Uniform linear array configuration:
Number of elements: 32
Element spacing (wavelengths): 0.25
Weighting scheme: blackman
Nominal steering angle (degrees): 30
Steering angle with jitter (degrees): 31.228
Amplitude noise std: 0.05
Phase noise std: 0.05

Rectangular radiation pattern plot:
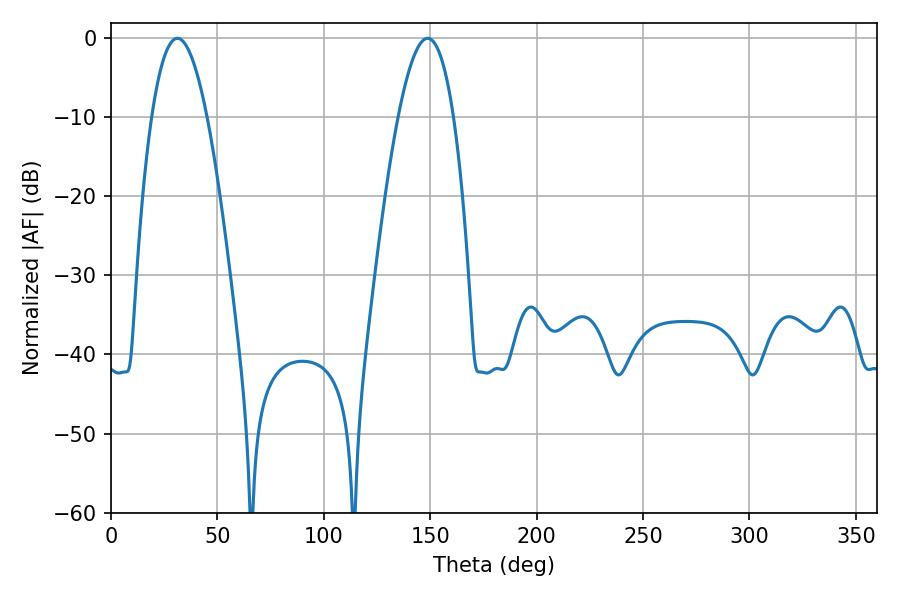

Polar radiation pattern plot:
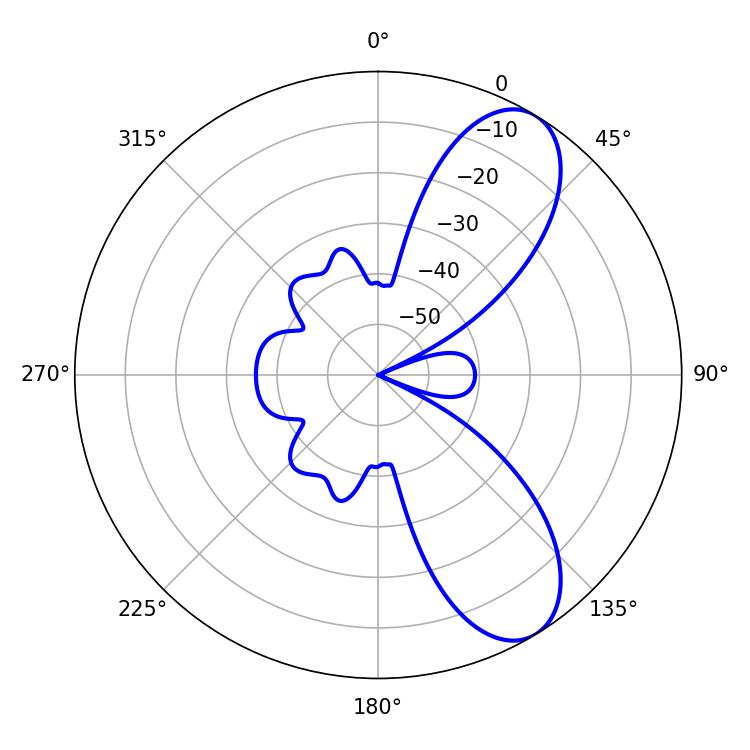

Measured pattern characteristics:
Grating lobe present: FALSE
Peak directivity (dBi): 8.548
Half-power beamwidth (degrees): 14.22
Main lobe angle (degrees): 31.14